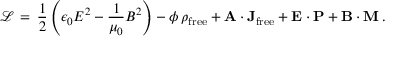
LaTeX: { \mathcal { L } } \, = \, { \frac { 1 } { 2 } } \left( \epsilon _ { 0 } E ^ { 2 } - { \frac { 1 } { \mu _ { 0 } } } B ^ { 2 } \right) - \phi \, \rho _ { \mathrm { f r e e } } + \mathbf { A } \cdot \mathbf { J } _ { \mathrm { f r e e } } + \mathbf { E } \cdot \mathbf { P } + \mathbf { B } \cdot \mathbf { M } \, .